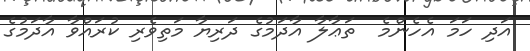
އަދި ހަމަ އެހެންމެ  ތަޢާލާ އާދަމުގެ ދަރިޔާ މަތިވެރި ކުރައްވާ އާދަމުގެ